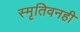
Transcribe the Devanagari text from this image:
स्मृतिवनही